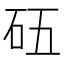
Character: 𥐳